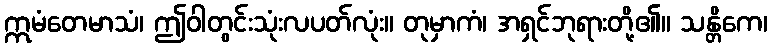
ဣမံတေမာသံ၊ ဤဝါတွင်းသုံးလပတ်လုံး။ တုမှာကံ၊ အရှင်ဘုရားတို့၏။ သန္တိကေ၊